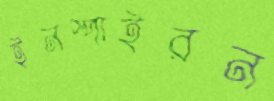
ইনস্পাইরন